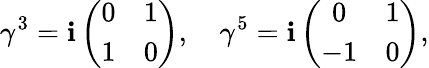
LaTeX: \gamma^{3}=\mathbf{i}\left(\begin{array}{cc}{{0}}&{{1}}\\ {{1}}&{{0}}\end{array}\right),\quad\gamma^{5}=\mathbf{i}\left(\begin{array}{cc}{{0}}&{{1}}\\ {{-1}}&{{0}}\end{array}\right),